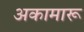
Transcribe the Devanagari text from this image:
अकामारू